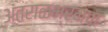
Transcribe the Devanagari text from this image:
अंतराळभ्रमण